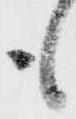
も